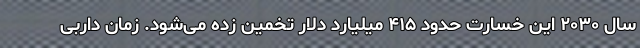
سال ۲۰۳۰ این خسارت حدود ۴۱۵ میلیارد دلار تخمین زده می‌شود. زمان داربی